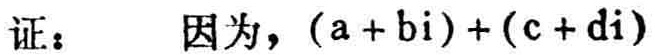
证： 因为，\((a + bi)+(c + di)\)